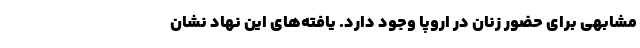
مشابهی برای حضور زنان در اروپا وجود دارد. یافته‌های این نهاد نشان